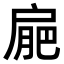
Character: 𢩒